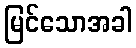
မြင်သောအခါ